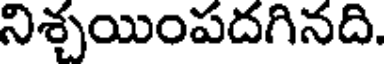
నిశ్చయింపదగినది.